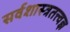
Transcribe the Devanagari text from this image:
सर्वशास्त्रतत्त्वज्ञ